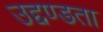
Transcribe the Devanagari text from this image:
उद्दण्डता